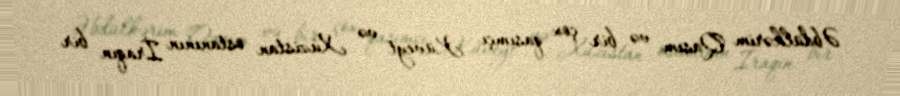
Əbdülkərim Qasım və bir çox qasımçı Küveyt və Xuzistan ostanının İraqın bir